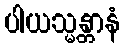
ပါယသ္မန္တာနံ